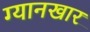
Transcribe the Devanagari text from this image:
ग्यानखार